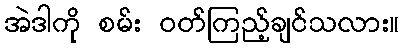
အဲဒါကို စမ်း ဝတ်ကြည့်ချင်သလား။